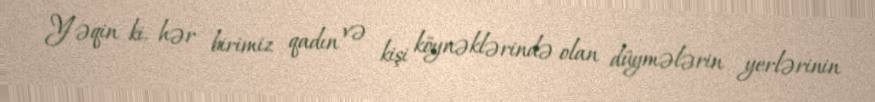
Yəqin ki, hər birimiz qadın və kişi köynəklərində olan düymələrin yerlərinin